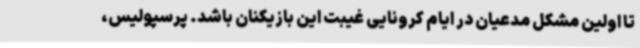
تا اولین مشکل مدعیان در ایام کرونایی غیبت این بازیکنان باشد. پرسپولیس،